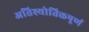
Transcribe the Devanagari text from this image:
अतिश्योतिक्तपूर्ण